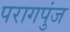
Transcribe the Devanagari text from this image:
परागपुंज